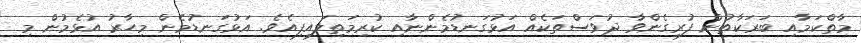
މާތްކަމާއި ބަރަކާތުން ފުރިގެންވާ ދުވަސްތަކެއް އަޅުގަނޑުމެންނާއި ކުރިމަތިލައިފިއެވެ. އަޅުގަނޑުމެން މިހާރު އުޅެމުން މި